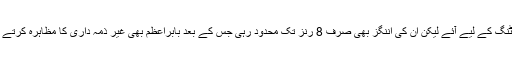
تیسرے نمبر پر حارث سہیل بیٹنگ کے لیے آئے لیکن ان کی اننگز بھی صرف 8 رنز تک محدود رہی جس کے بعد بابراعظم بھی غیر ذمہ داری کا مظاہرہ کرتے ہوئے 22 رنز پر آؤٹ ہوگئے۔